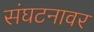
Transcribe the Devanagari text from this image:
संघटनावर